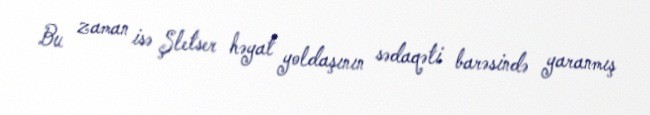
Bu zaman isə Şletser həyat yoldaşının sədaqəti barəsində yaranmış